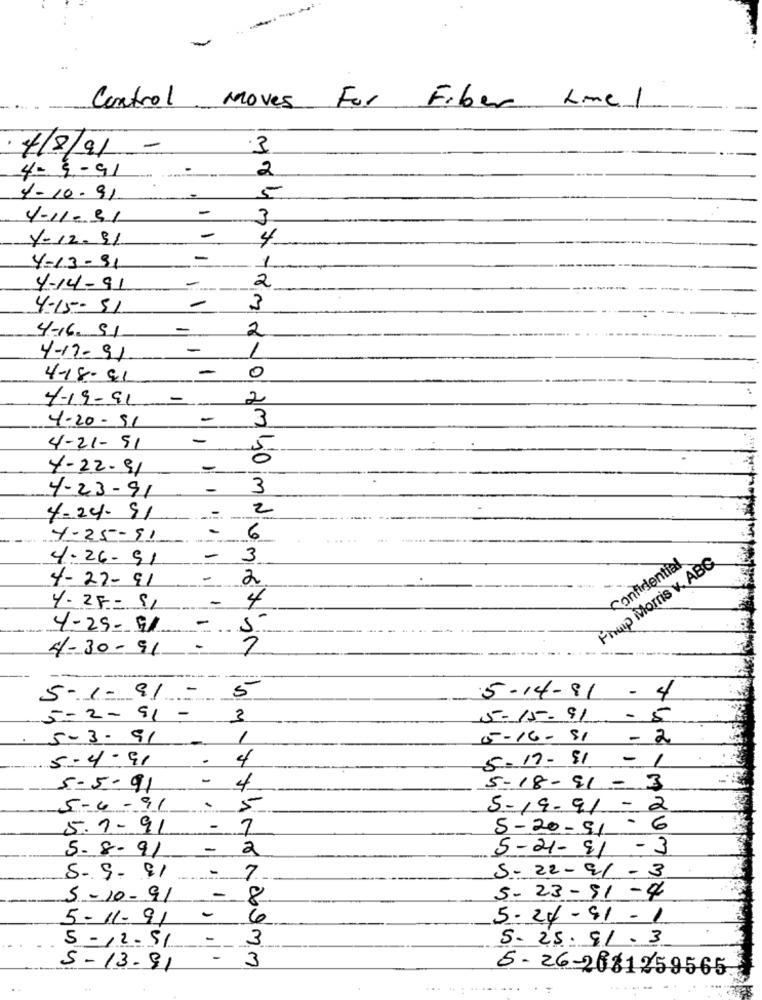
Control
Moves For Fiber Line 1
·4/8/91
-
4-9-91
2
1-10-91
5
-
4-11-31
3
7-12-31
4
-
4-13-91
1
-
4-14-91
2
-
4-15-51
3
4-16- 51
-
2
-
1
4-17-91
4-18-91
0
4-19-91
-
2
4-20-51
3
-
4-21-51
5-
7-22-91
3
4-23-91
2
4-24- 91
4-25-91
6
4-26.91
3
Frup Morris v. ABG
Confidential
4-22-91
2
4
4.25- 81
4-29-51
4-30-91
2
5-1 - 91-
5
5-14-81 - 4
5-2-91-
3
5-15-91
-5
5-3-91
1
5-16-81
- 2
5-4-91
-
4
5-17-81 - 1
5-5-91
5-18-91 - 3
5-4-91
.
5
5-19-91-2
5.1-91
- 7
5-20-51 -6
5-8.91
-
2
5-21-81 -3
-
S-9- 91
7
5-22-91 - 3
5-10-91
-
8
5-23-91 -4
5-11-91
-
6
5-24-81 - 1
5-12-51 -
3
5- 25. 91 . 3
-
3
5-13-91
5 -26-2661259565